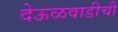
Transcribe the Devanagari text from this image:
देऊळवाडीची